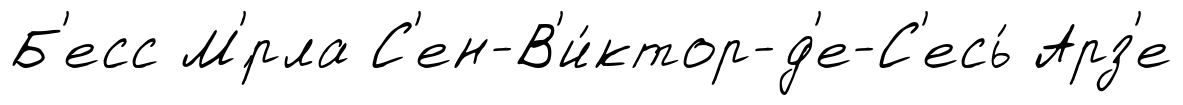
Б'есс М'́рла С'ен-В'и́ктор-д'е-С'есь́ Арз'е